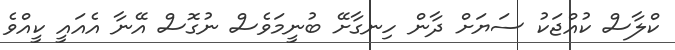
ކްލާސް ކުއްޖަކު ސަޔަށް ދާން ހިނގާށޭ ބުނީމަވެސް ނުގޮސް އޭނާ އެއައީ ކީއްވެ